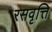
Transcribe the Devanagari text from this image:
रसवृत्ति